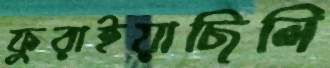
ফুরাইয়াছিলি